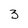
Character: 3